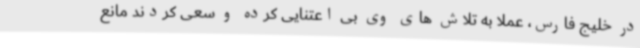
در خلیج فارس، عملا به تلاش های وی بی اعتنایی کرده و سعی کردند مانع